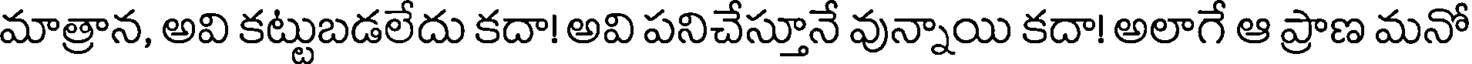
మాత్రాన, అవి కట్టుబడలేదు కదా! అవి పనిచేస్తూనే వున్నాయి కదా! అలాగే ఆ ప్రాణ మనో